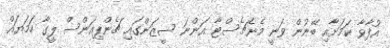
އުފާވާ ކަމަށާއި ބޭނުން ވަނީ މެނެޗެސްޓާ އަންނަ ސީޒަންގައި ޗެންޕިއަންސް ލީގާ ހަމަޔައް